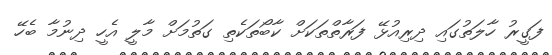
ފަގީރު ހާލަތުގައި ދިރިއުޅޭ ފަރާތްތަކަށް ކާބޯތަކެތި ގަތުމަށް މާލީ އެހީ ދިނުމާ ބެހޭ